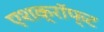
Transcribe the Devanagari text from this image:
एशक्रॉफ्ट